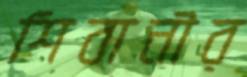
শিবানীর